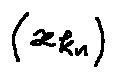
( x _ { k _ { n } } )